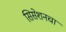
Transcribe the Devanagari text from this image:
सिसेशनचा